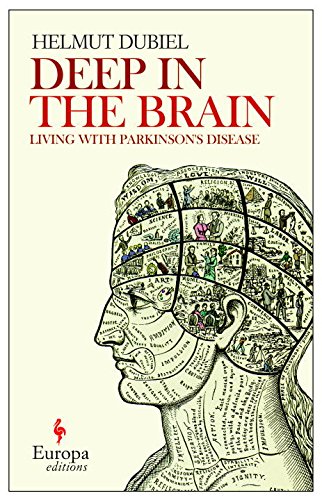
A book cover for Deep Within the Brain: Living with Parkinson's Disease; Helmut Dubiel; Health, Fitness & Dieting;